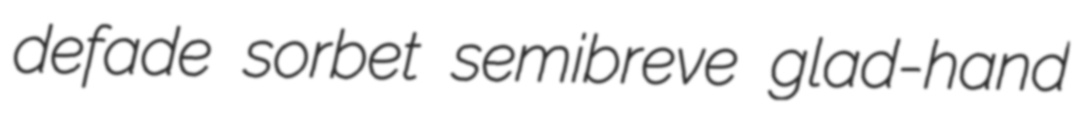
defade sorbet semibreve glad-hand